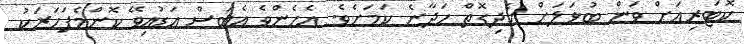
ކޮޓަރިއަށް ވަން ބުޅަލަށް ހެދިގޮތް ހަދާނެ ކަމަށެވެ. އެހެންވެ އެބަސް އަޑުއިވޭ ކޮންމެފަހަރަކު